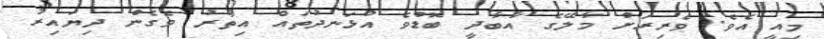
މިއީ އެވެ. ވެރިރަށް މާލޭގެ އާބާދީ ބޮޑުވެ އުޅަނދުތައް އިތުރު ވެގެން ދިޔައިރު